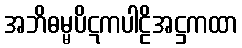
အဘိဓမ္မပိဋကပါဠိအဋ္ဌကထာ